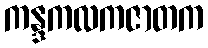
ကန္ဒကလကဇာတက